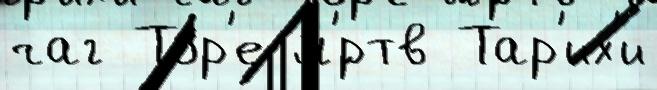
чаг То́р'е м'́ртв Тар'их'и